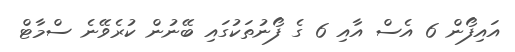
އައިފޯން 6 އެސް އާއި 6 ގެ ފޯނުތަކުގައި ބޭނުން ކުރެވޭނެ ސްމާޓް